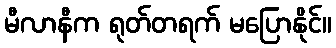
မီလာနီက ရုတ်တရက် မပြောနိုင်။